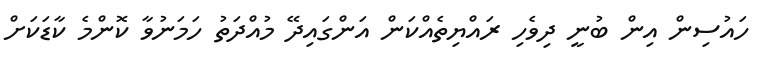
ހައުސިން އިން ބުނީ ދިވެހި ރައްޔިތެއްކަން އަންގައިދޭ މުއްދަތު ހަމަނުވާ ކޮންމެ ކާޑަކަށް